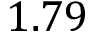
1 . 7 9